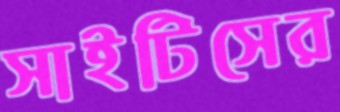
সাইটিসের